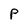
Character: P